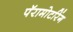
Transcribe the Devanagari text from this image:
पॅरामोटरिंग